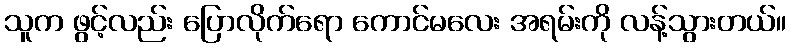
သူက ဖွင့်လည်း ပြောလိုက်ရော ကောင်မလေး အရမ်းကို လန့်သွားတယ်။